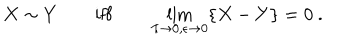
X \sim Y \qquad \mathrm { i f f } \qquad \lim _ { \hbar \to 0 , \epsilon \to 0 } \{ X - Y \} = 0 ~ .